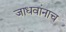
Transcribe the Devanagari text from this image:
जाधवांनाच